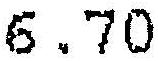
6.70